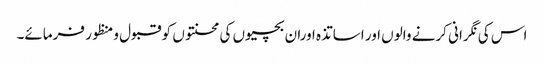
اس کی نگرانی کرنے والوں اور اساتذہ اوران بچیوں کی محنتوں کو قبول ومنظور فرمائے۔